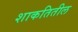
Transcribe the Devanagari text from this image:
शाकतितील